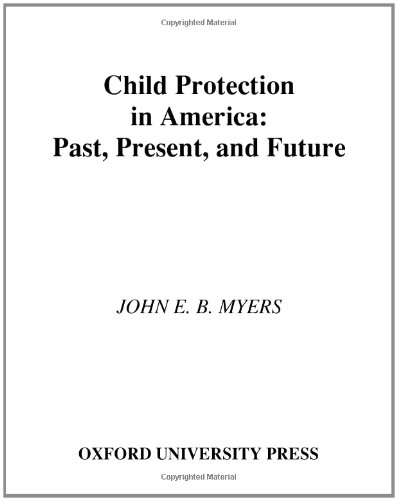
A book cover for Child Protection in America: Past, Present, and Future; John E. B. Myers; Politics & Social Sciences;